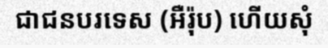
ជាជនបរទេស (អឺរ៉ុប) ហើយសុំ